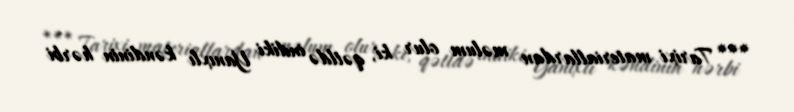
*** Tarixi materiallardan məlum olur ki, qətldə indiki Yanıxlı kəndinin hərbi